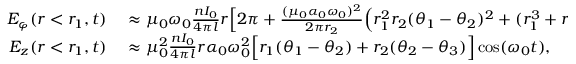
\begin{array} { r l } { E _ { \varphi } ( r < r _ { 1 } , t ) } & { { } \approx \mu _ { 0 } \omega _ { 0 } \frac { n I _ { 0 } } { 4 \pi l } r \Big [ 2 \pi + \frac { ( \mu _ { 0 } \alpha _ { 0 } \omega _ { 0 } ) ^ { 2 } } { 2 \pi r _ { 2 } } \Big ( r _ { 1 } ^ { 2 } r _ { 2 } ( \theta _ { 1 } - \theta _ { 2 } ) ^ { 2 } + ( r _ { 1 } ^ { 3 } + r _ { 1 } r _ { 2 } ^ { 2 } ) ( \theta _ { 1 } - \theta _ { 2 } ) ( \theta _ { 2 } - \theta _ { 3 } ) + r _ { 2 } ^ { 3 } ( \theta _ { 2 } - \theta _ { 3 } ) ^ { 2 } \Big ) } \\ { E _ { z } ( r < r _ { 1 } , t ) } & { { } \approx \mu _ { 0 } ^ { 2 } \frac { n I _ { 0 } } { 4 \pi l } r \alpha _ { 0 } \omega _ { 0 } ^ { 2 } \Big [ r _ { 1 } ( \theta _ { 1 } - \theta _ { 2 } ) + r _ { 2 } ( \theta _ { 2 } - \theta _ { 3 } ) \Big ] \cos ( \omega _ { 0 } t ) , } \end{array}